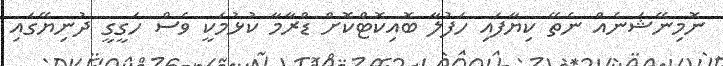
ނޮމިނޭޝަނެއް ނެތޭ ކިޔާފައި ހަފުލާ ބޮއިކޮޓްކޮށް ޑްރާމާ ކުޅުމަކީ ވެސް ހަގީގީ ދުނިޔޭގައި